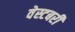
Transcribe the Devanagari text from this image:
वेस्टबरी